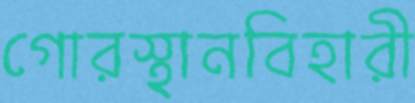
গোরস্থানবিহারী